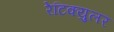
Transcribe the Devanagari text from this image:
रेटिक्युलर